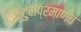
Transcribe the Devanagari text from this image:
कुटुंबांप्रमाणेच